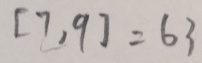
[ 7 , 9 ] = 6 3